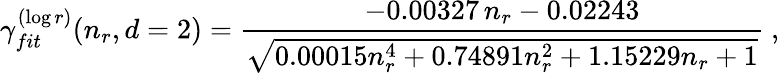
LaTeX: \gamma_{fit}^{(\log r)}(n_{r},d=2)=\frac{-0.00327\, n_{r}-0.02243}{\sqrt{0.00015n_{r}^{4}+0.74891n_{r}^{2}+1.15229n_{r}+1}}\ ,